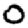
Digit: 0